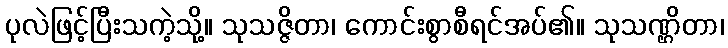
ပုလဲဖြင့်ပြီးသကဲ့သို့။ သုသဇ္ဇိတာ၊ ကောင်းစွာစီရင်အပ်၏။ သုသဏ္ဌိတာ၊